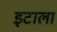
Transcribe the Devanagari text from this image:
इटाला